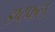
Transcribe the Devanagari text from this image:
इष्ट्फल